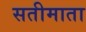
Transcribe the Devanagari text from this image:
सतीमाता